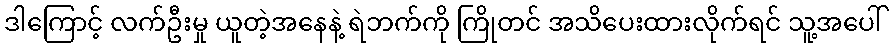
ဒါကြောင့် လက်ဦးမှု ယူတဲ့အနေနဲ့ ရဲဘက်ကို ကြိုတင် အသိပေးထားလိုက်ရင် သူ့အပေါ်